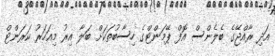
އަދި ރާއްޖޭގެ ބެލެންސް އޮފް ޕޭމަންޓްގެ ހިސާބުތަކަށް ބަލާ އިރު މިއަހަރު ކަރަންޓް